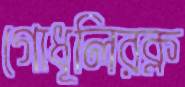
গোধূলিরক্ল